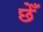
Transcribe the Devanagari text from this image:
छेँ